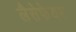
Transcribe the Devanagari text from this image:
लैसेफेयर